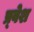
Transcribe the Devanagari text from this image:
प्र्वेश